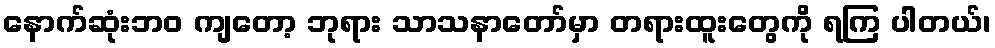
နောက်ဆုံးဘဝ ကျတော့ ဘုရား သာသနာတော်မှာ တရားထူးတွေကို ရကြ ပါတယ်၊